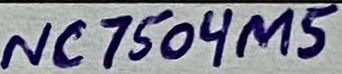
Text: NC7504M5